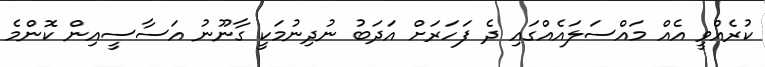
ކުރެއްވީ އެއް މައްސަލައެއްގައި ދެ ފަހަރަށް އަދަބު ނުދިނުމަކީ ގާނޫނު އަސާސީއިން ކޮންމެ